Problem: 3 × 8 = ?
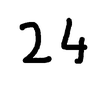
Handwritten answer: 24